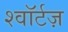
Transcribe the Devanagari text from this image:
श्वॉर्टज़